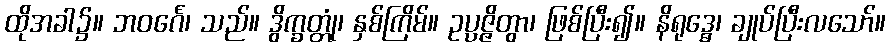
ထိုအခါ၌။ ဘဝင်္ဂေ၊ သည်။ ဒွိက္ခတ္တုံ၊ နှစ်ကြိမ်။ ဥပ္ပဇ္ဇိတွာ၊ ဖြစ်ပြီး၍။ နိရုဒ္ဓေ၊ ချုပ်ပြီးလသော်။